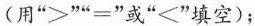
(用”>””=”或””填空)；